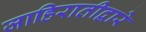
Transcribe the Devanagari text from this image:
जाहिरातीद्वारे